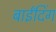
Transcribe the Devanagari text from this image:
बाईंदिंग